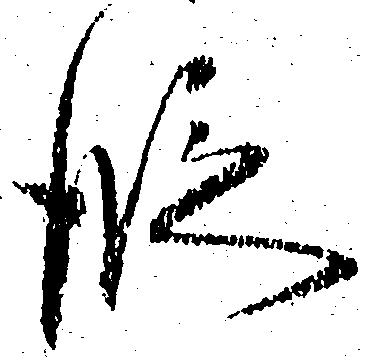
段